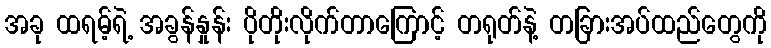
အခု ထရမ့်ရဲ့ အခွန်နှုန်း ပိုတိုးလိုက်တာကြောင့် တရုတ်နဲ့ တခြားအပ်ထည်တွေကို